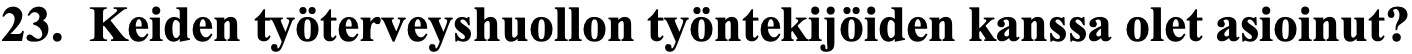
23. Keiden työterveyshuollon työntekijöiden kanssa olet asioinut?